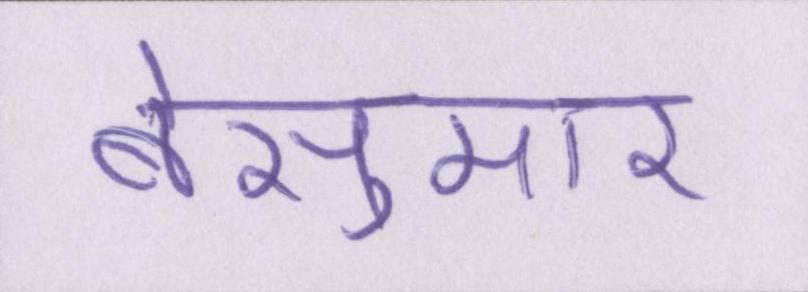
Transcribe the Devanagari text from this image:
बेसुमार